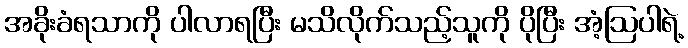
အခိုးခံရသာကို ပါလာရပြီး မသိလိုက်သည့်သူကို ပိုပြီး အံ့ဩပါရဲ့